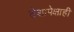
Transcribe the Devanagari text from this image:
देशापेक्षाही